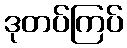
ဒုတပ်ကြပ်